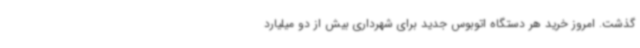
گذشت. امروز خرید هر دستگاه اتوبوس جدید برای شهرداری بیش از دو میلیارد